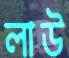
লাউ